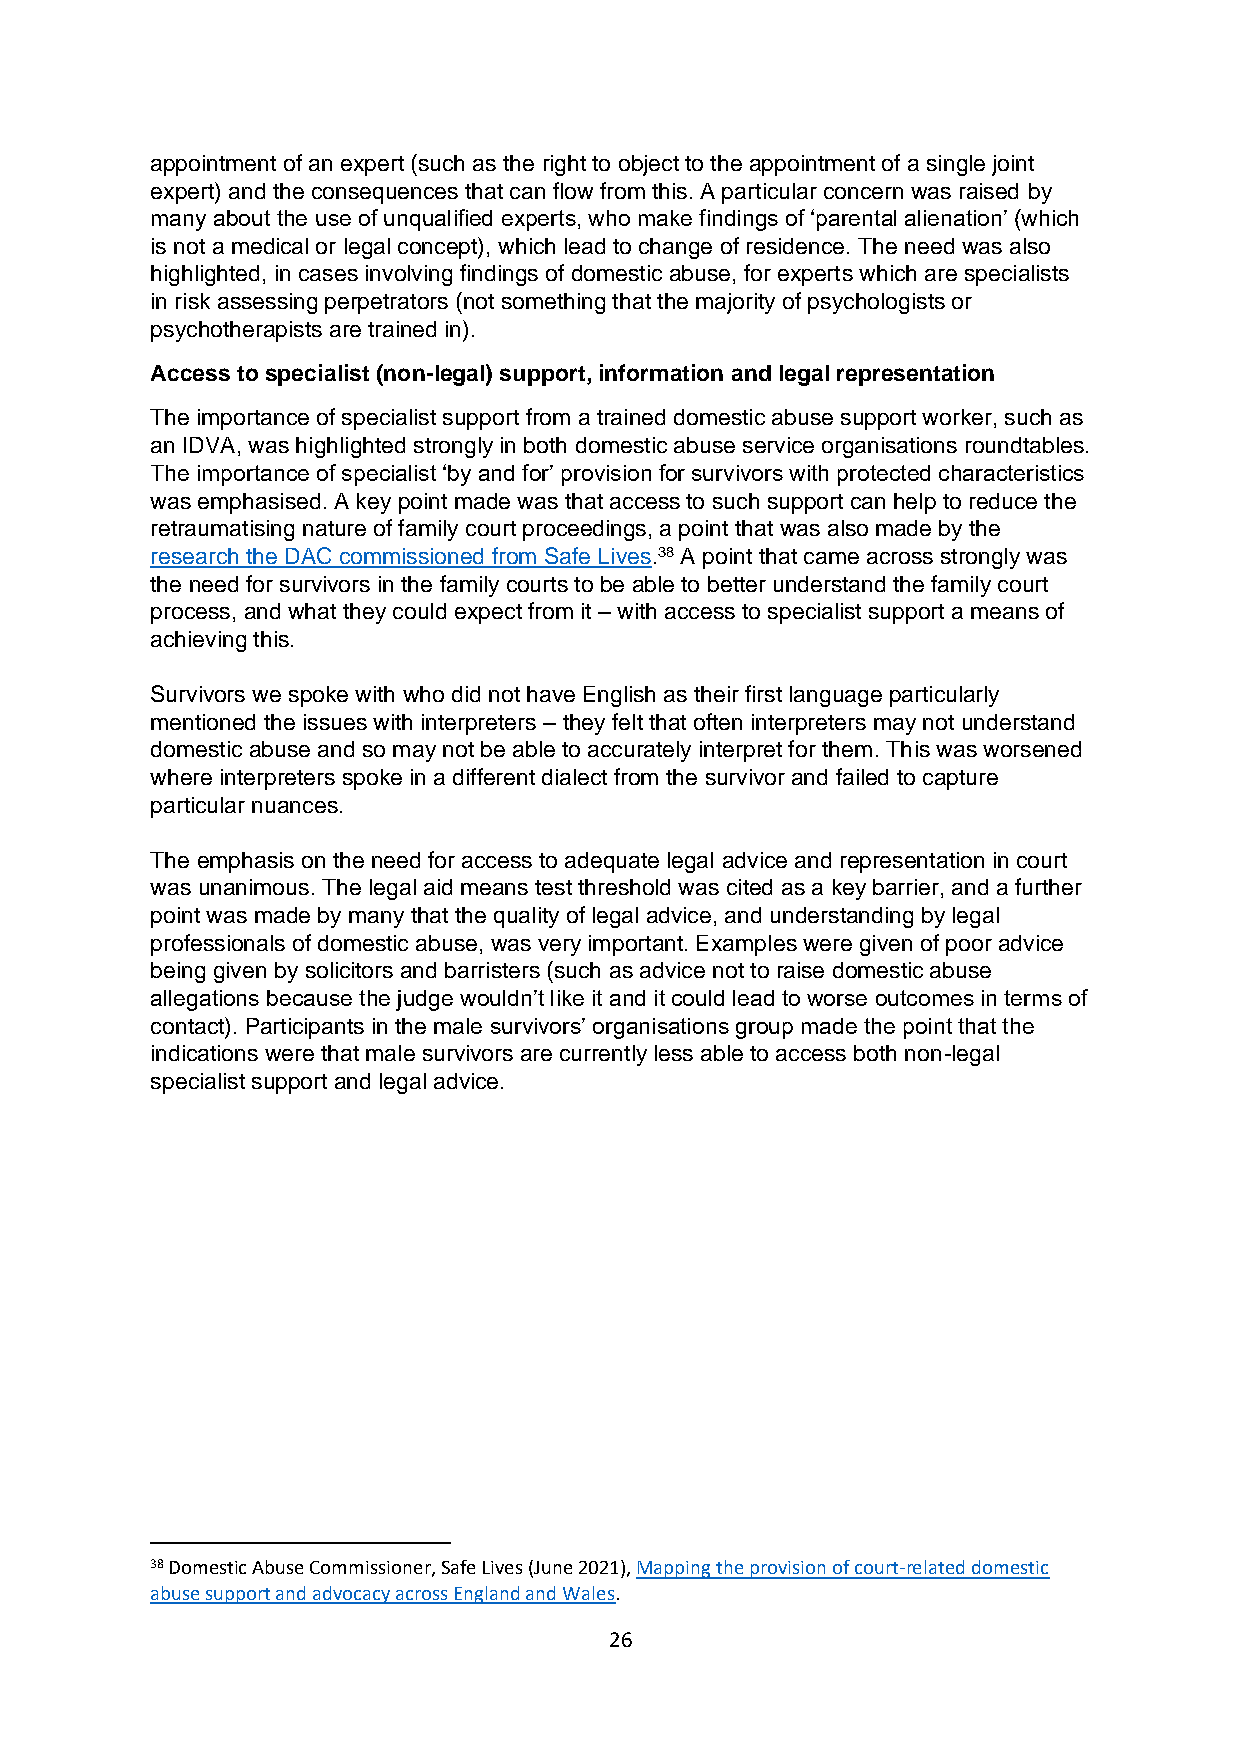
appointment of an expert (such as the right to object to the appointment of a single joint
 expert) and the consequences that can flow from this. A particular concern was raised by
 many about the use of unqualified experts, who make findings of ‘parental alienation’ (which
 is not a medical or legal concept), which lead to change of residence. The need was also
 highlighted, in cases involving findings of domestic abuse, for experts which are specialists
 in risk assessing perpetrators (not something that the majority of psychologists or
 psychotherapists are trained in).
 Access to specialist (non-legal) support, information and legal representation
 The importance of specialist support from a trained domestic abuse support worker, such as
 an IDVA, was highlighted strongly in both domestic abuse service organisations roundtables.
 The importance of specialist ‘by and for’ provision for survivors with protected characteristics
 was emphasised. A key point made was that access to such support can help to reduce the
 retraumatising nature of family court proceedings, a point that was also made by the
 research the DAC commissioned from Safe Lives.38 A point that came across strongly was
 the need for survivors in the family courts to be able to better understand the family court
 process, and what they could expect from it – with access to specialist support a means of
 achieving this.
 Survivors we spoke with who did not have English as their first language particularly
 mentioned the issues with interpreters – they felt that often interpreters may not understand
 domestic abuse and so may not be able to accurately interpret for them. This was worsened
 where interpreters spoke in a different dialect from the survivor and failed to capture
 particular nuances.
 The emphasis on the need for access to adequate legal advice and representation in court
 was unanimous. The legal aid means test threshold was cited as a key barrier, and a further
 point was made by many that the quality of legal advice, and understanding by legal
 professionals of domestic abuse, was very important. Examples were given of poor advice
 being given by solicitors and barristers (such as advice not to raise domestic abuse
 allegations because the judge wouldn’t like it and it could lead to worse outcomes in terms of
 contact). Participants in the male survivors’ organisations group made the point that the
 indications were that male survivors are currently less able to access both non-legal
 specialist support and legal advice.
 38 Domestic Abuse Commissioner, Safe Lives (June 2021), Mapping the provision of court-related domestic
 abuse support and advocacy across England and Wales.
 26